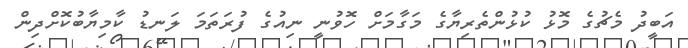
އަބީދު މެޗުގެ މޮޅު ކުޅުންތެރިޔާގެ މަގާމަށް ހޮވުނީ ނިއުގެ ފުރަތަމަ ލަނޑު ކާމިޔާބުކޮށްދިން